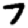
Digit: 7